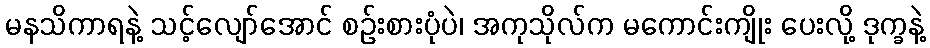
မနသိကာရနဲ့ သင့်လျော်အောင် စဉ်းစားပုံပဲ၊ အကုသိုလ်က မကောင်းကျိုး ပေးလို့ ဒုက္ခနဲ့